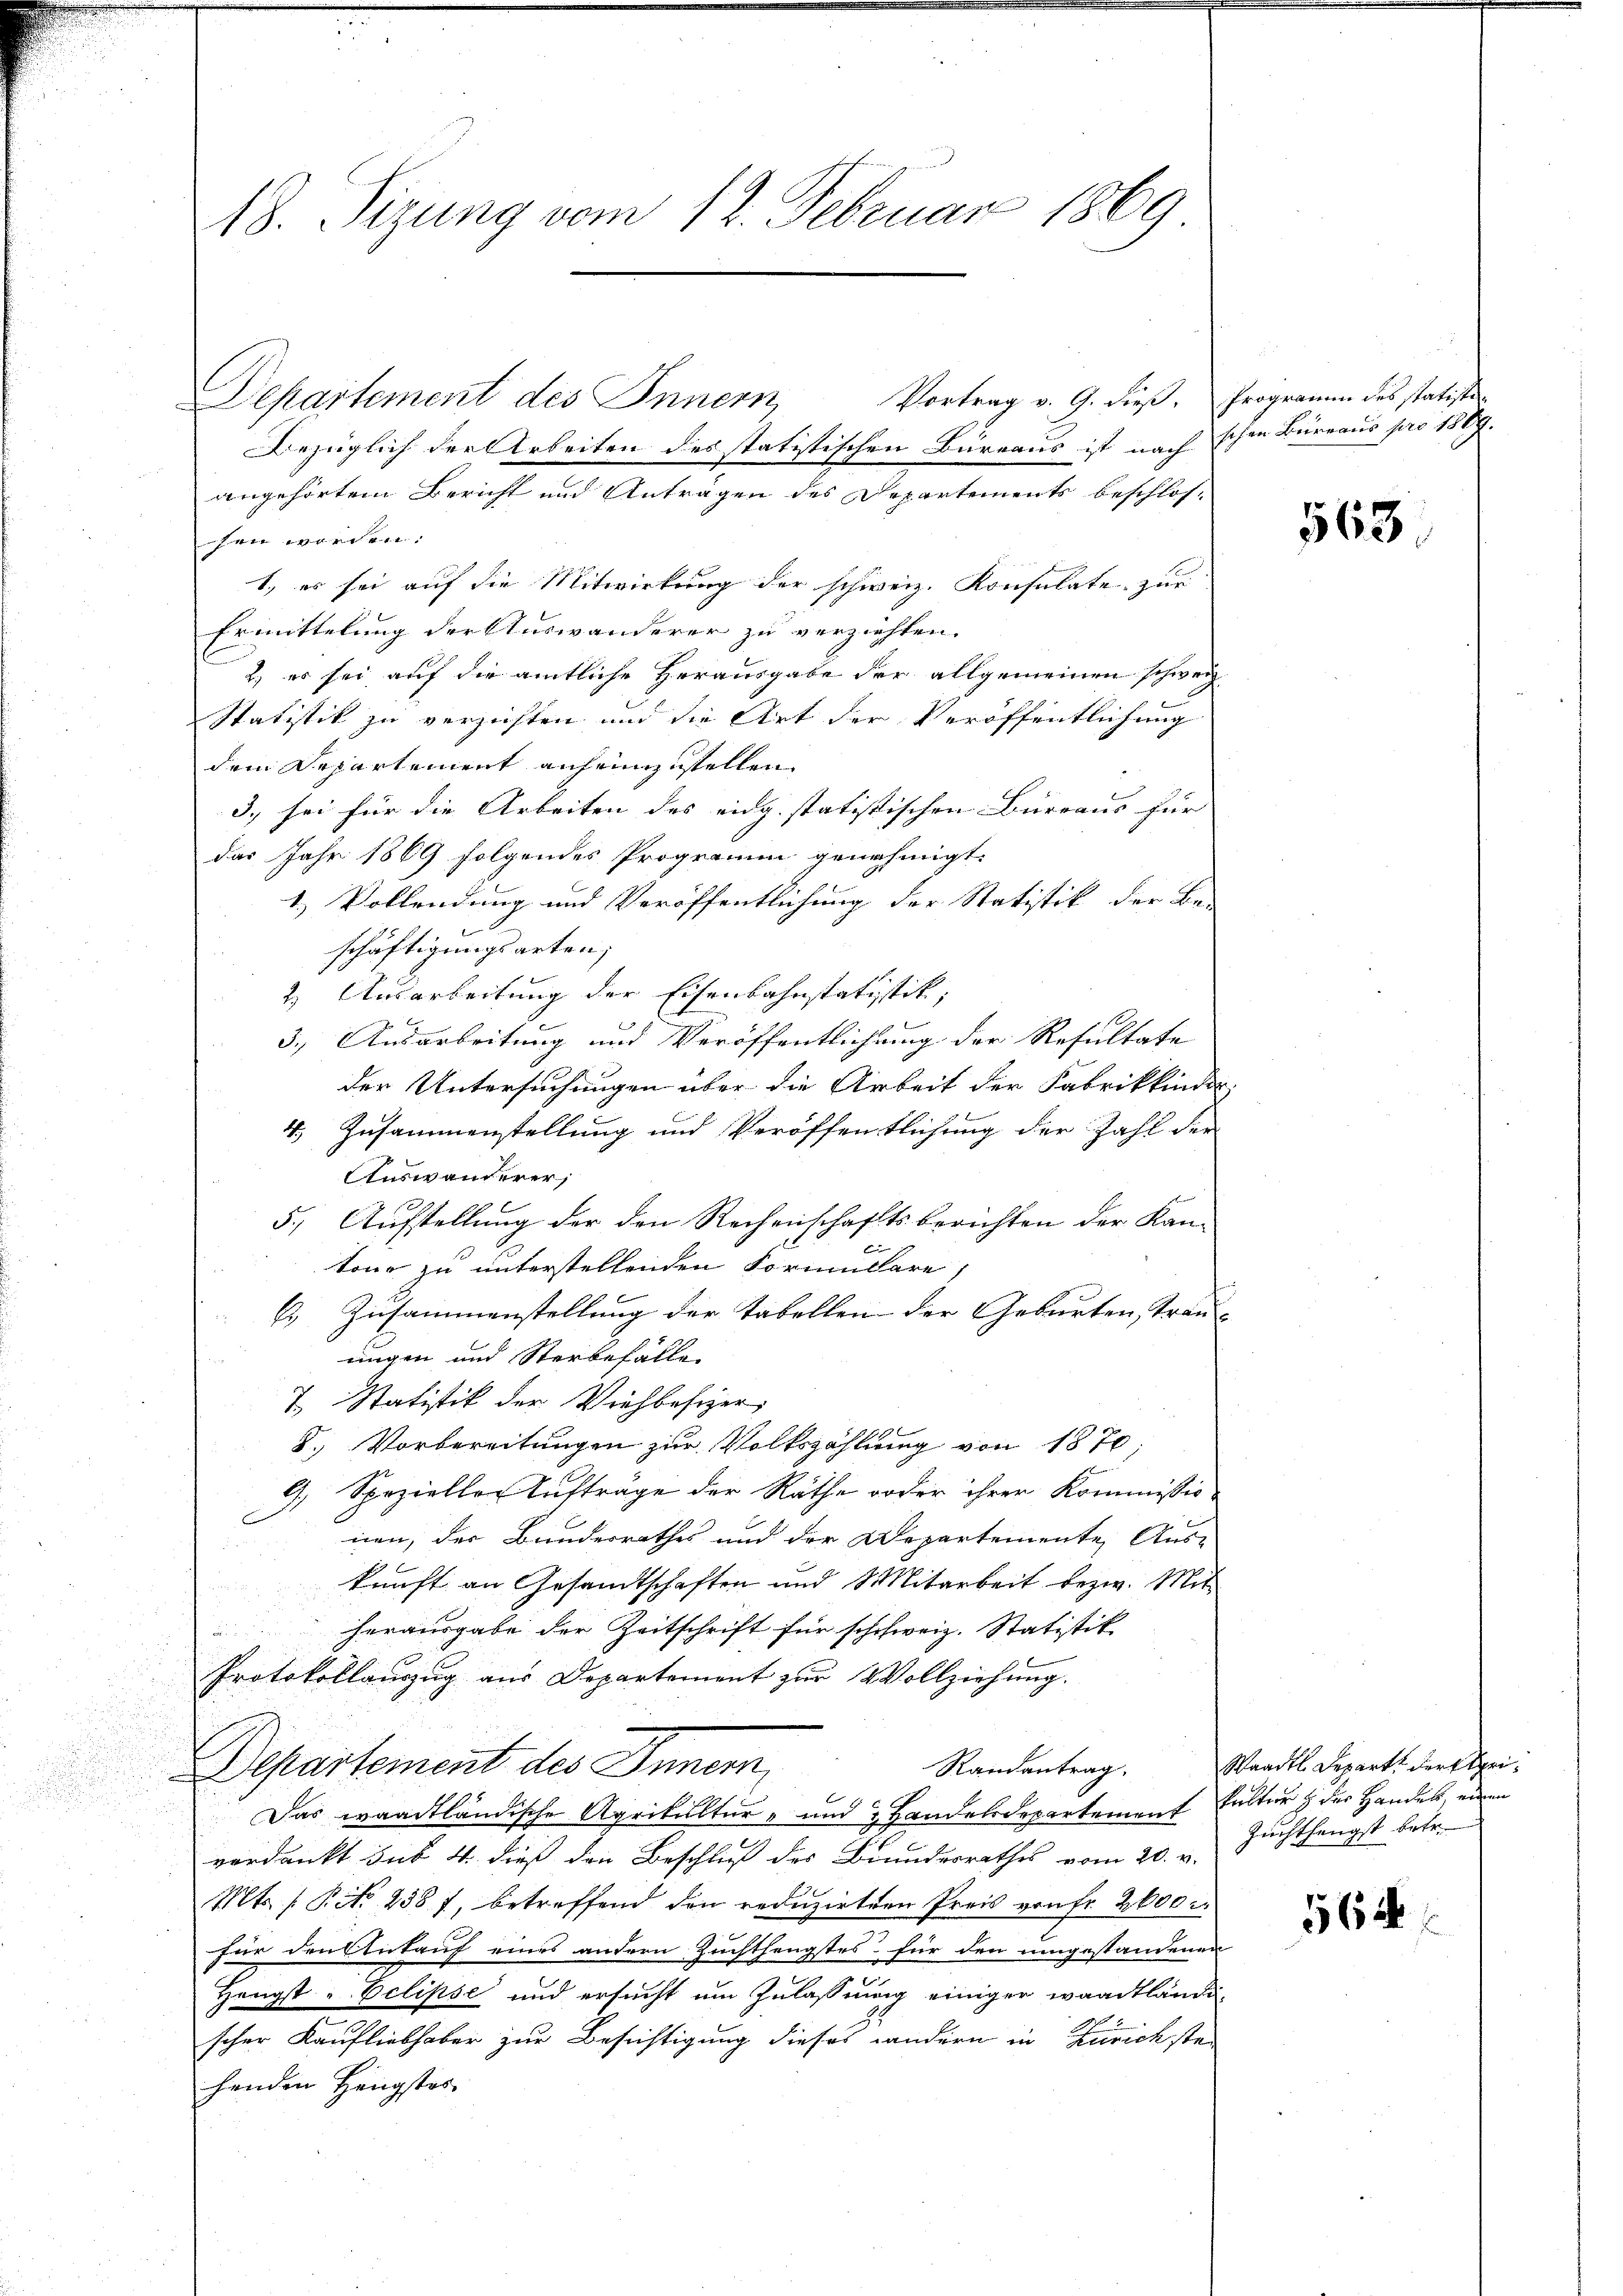
18. Sizung vom 12. Februar 1869

Departement des Innern
Bezüglich der Arbeiten des statistischen Büreaus ist nach schon Bureaus pro 180.
angehörtem Bericht und Antragen des Departements beschlos-
chen worden.
1., es sei auf die Mitwirkung der schweiz. Konsulate zur
Ermittelung der Auswanderer zu verziehten.
2.) es sei auf die amtliche Herausgabe der allgemeinen schweiz
Statistik zu verzichten und die Art der Veröffentlichung
dem Departement anheimzustellen
3.) sei für die Arbeiten des eidg. statistischen Büreaus für |
das Jahr 1869 folgendes Programm genehmigt.
1.) Vollendung und Veröffentlichung der Statistik der Be-
schäftigungsarten;
2.) Ausarbeitung der Eisenbahnstatistik,
3.) Ausarbeitung und Veröffentlichung der Resultate
der Untersuchungen über die Arbeit der Fabrikkinden,
4.) Zusammenstellung und Veröffentlichung der Zahl der
Auswanderer,
5.) Aufstellung der den Rechenschaftsberichten der Kan-
tone zu unterstellenden Formulare,
6) Zusammenstellung der Tabellen der Geburten, tran- |
ungen und Sterbefalle
7. Statistik der Viehbesizer,
8. Vorbereitungen zur Volkszahlung von 1870;
9., Spezieller Auftrage der Räthe oder ihrer Kommissio
nen, der Bundesrathes und der Departemente Aus-
kunft an Gesandtschaften und Mitarbeit bezw. Mit
herausgabe der Zeitschrift für schweiz. Statistik
e
Protokollauszug aus Departement zur Vollziehung.
Randantrag.
Departement des Innern,
6
Das waadtländische Agrikultur- und & Handelsdepartement Fulter & der Handels, einen
verdankt sub 4. dieß den Beschluß des Bundesrathes vom 20. v.
Mts. f. Pito 238 f, betreffend den reduzirten Preis von Fr. 2600 r
für den Ankauf eines andern Zuchthengstes für den umgestandenen
Hengst - Eclipse und ersucht um Zulassung einiger waadtländischer Kaufliebhaber zur Besichtigung dieses andern in Zürichste-
henden Hängstes

Vortrag v. 9. dieß. Programm des statistin

568.

Waadt Depart der Klei¬
Zuchthungst betr.

564